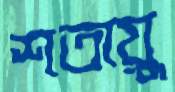
শতায়ু